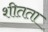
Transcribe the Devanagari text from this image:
शीतता